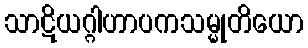
သာဋိယဂ္ဂါဟာပကသမ္မုတိယော